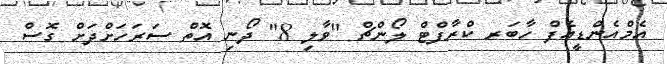
އެމްއެންޑީއެފް ހާބަރ ކްރާފްޓް ލޯންޗް "ވާލި 8" ދޯނި އޮތް ސަރަހަށްދަށް ގޮސް